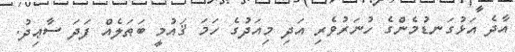
އާދެ އަޅުގަނޑުމެންގެ ހުނަރުވެރި އަދި މިއަދުގެ ހަމަ ޤައުމީ ބަޠަލެއް ފަދަ ސާޢިދު.